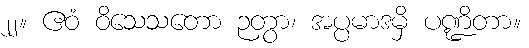
၂၂။ ဧဝံ ဝိသေသတော ဉတွာ၊ အပ္ပမာဒမှိ ပဏ္ဍိတာ။